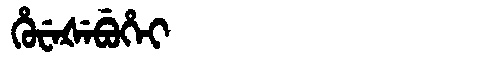
Manchu: ᡥᡠᠸᡝᡧᡝᠪᡠᡥᡝᡳ
Romanization: HUWEŠEBUHEI